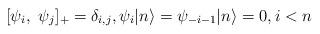
LaTeX: \begin{align*}[\psi_i, \ \psi_j]_+ = \delta_{i,j}, \psi_i | n\rangle =\psi_{-i-1} | n\rangle =0, i< n \end{align*}